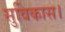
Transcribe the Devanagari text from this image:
सुविकास।